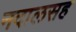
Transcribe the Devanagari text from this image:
नदालसह